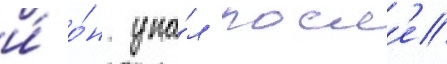
и́ о́н упа́л посл'е